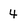
Character: 4